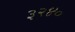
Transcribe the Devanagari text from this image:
३२४०